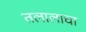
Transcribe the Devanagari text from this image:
तलालाचा